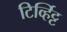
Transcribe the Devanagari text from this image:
टिर्व्हिट्ट